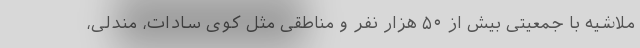
ملاشیه با جمعیتی بیش از ۵۰ هزار نفر و مناطقی مثل کوی سادات، مندلی،